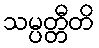
သမ္ပတ္တီတိ